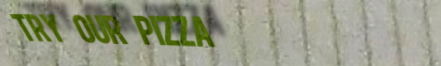
Try Our Pizza